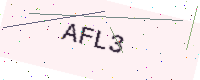
Text: AFL3